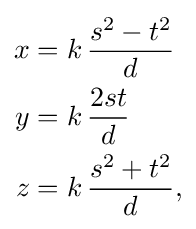
{\begin{aligned}x&=k\,{\frac {s^{2}-t^{2}}{d}}\\y&=k\,{\frac {2st}{d}}\\z&=k\,{\frac {s^{2}+t^{2}}{d}},\end{aligned}}